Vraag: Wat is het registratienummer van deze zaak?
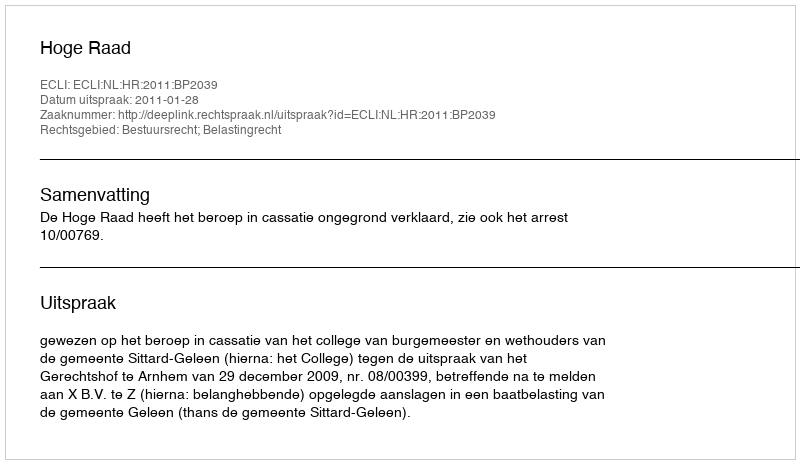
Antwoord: http://deeplink.rechtspraak.nl/uitspraak?id=ECLI:NL:HR:2011:BP2039